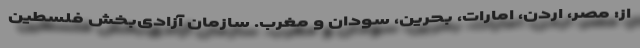
از: مصر، اردن، امارات، بحرین، سودان و مغرب. سازمان آزادی‌بخش فلسطین